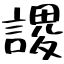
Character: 謖